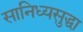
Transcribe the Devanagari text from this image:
सानिध्यसुद्धा